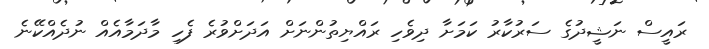
ރައީސް ނަޝީދުގެ ސަރުކާރު ކަމަށާ ދިވެހި ރައްޔިތުންނަށް އަދަށްވުރެ ފެހި މާދަމާއެއް ނުދެއްކޭނެ